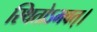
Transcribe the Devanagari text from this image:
स्थितोऽभवत्‌।